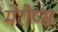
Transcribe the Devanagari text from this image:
मेरोप्स